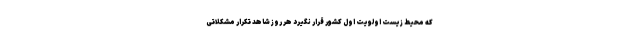
که محیط‌ زیست اولویت اول کشور قرار نگیرد هر روز شاهد تکرار مشکلاتی